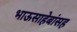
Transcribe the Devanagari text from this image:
भाऊसाहेबांसह